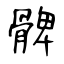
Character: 髀